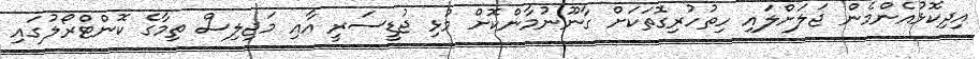
އިދިކޮޅުއެންމެން ޖަލަށްލައި ހިތުހުރިގޮތަކަށް ގާނޫނުމާންކޮށް މުޅި ޖުޑީސަރީ އާއި މަޖިލިސް ތިމާގެ ކޮންޓްރޯލުގައި